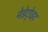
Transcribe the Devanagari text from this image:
नेडेट्रोइट